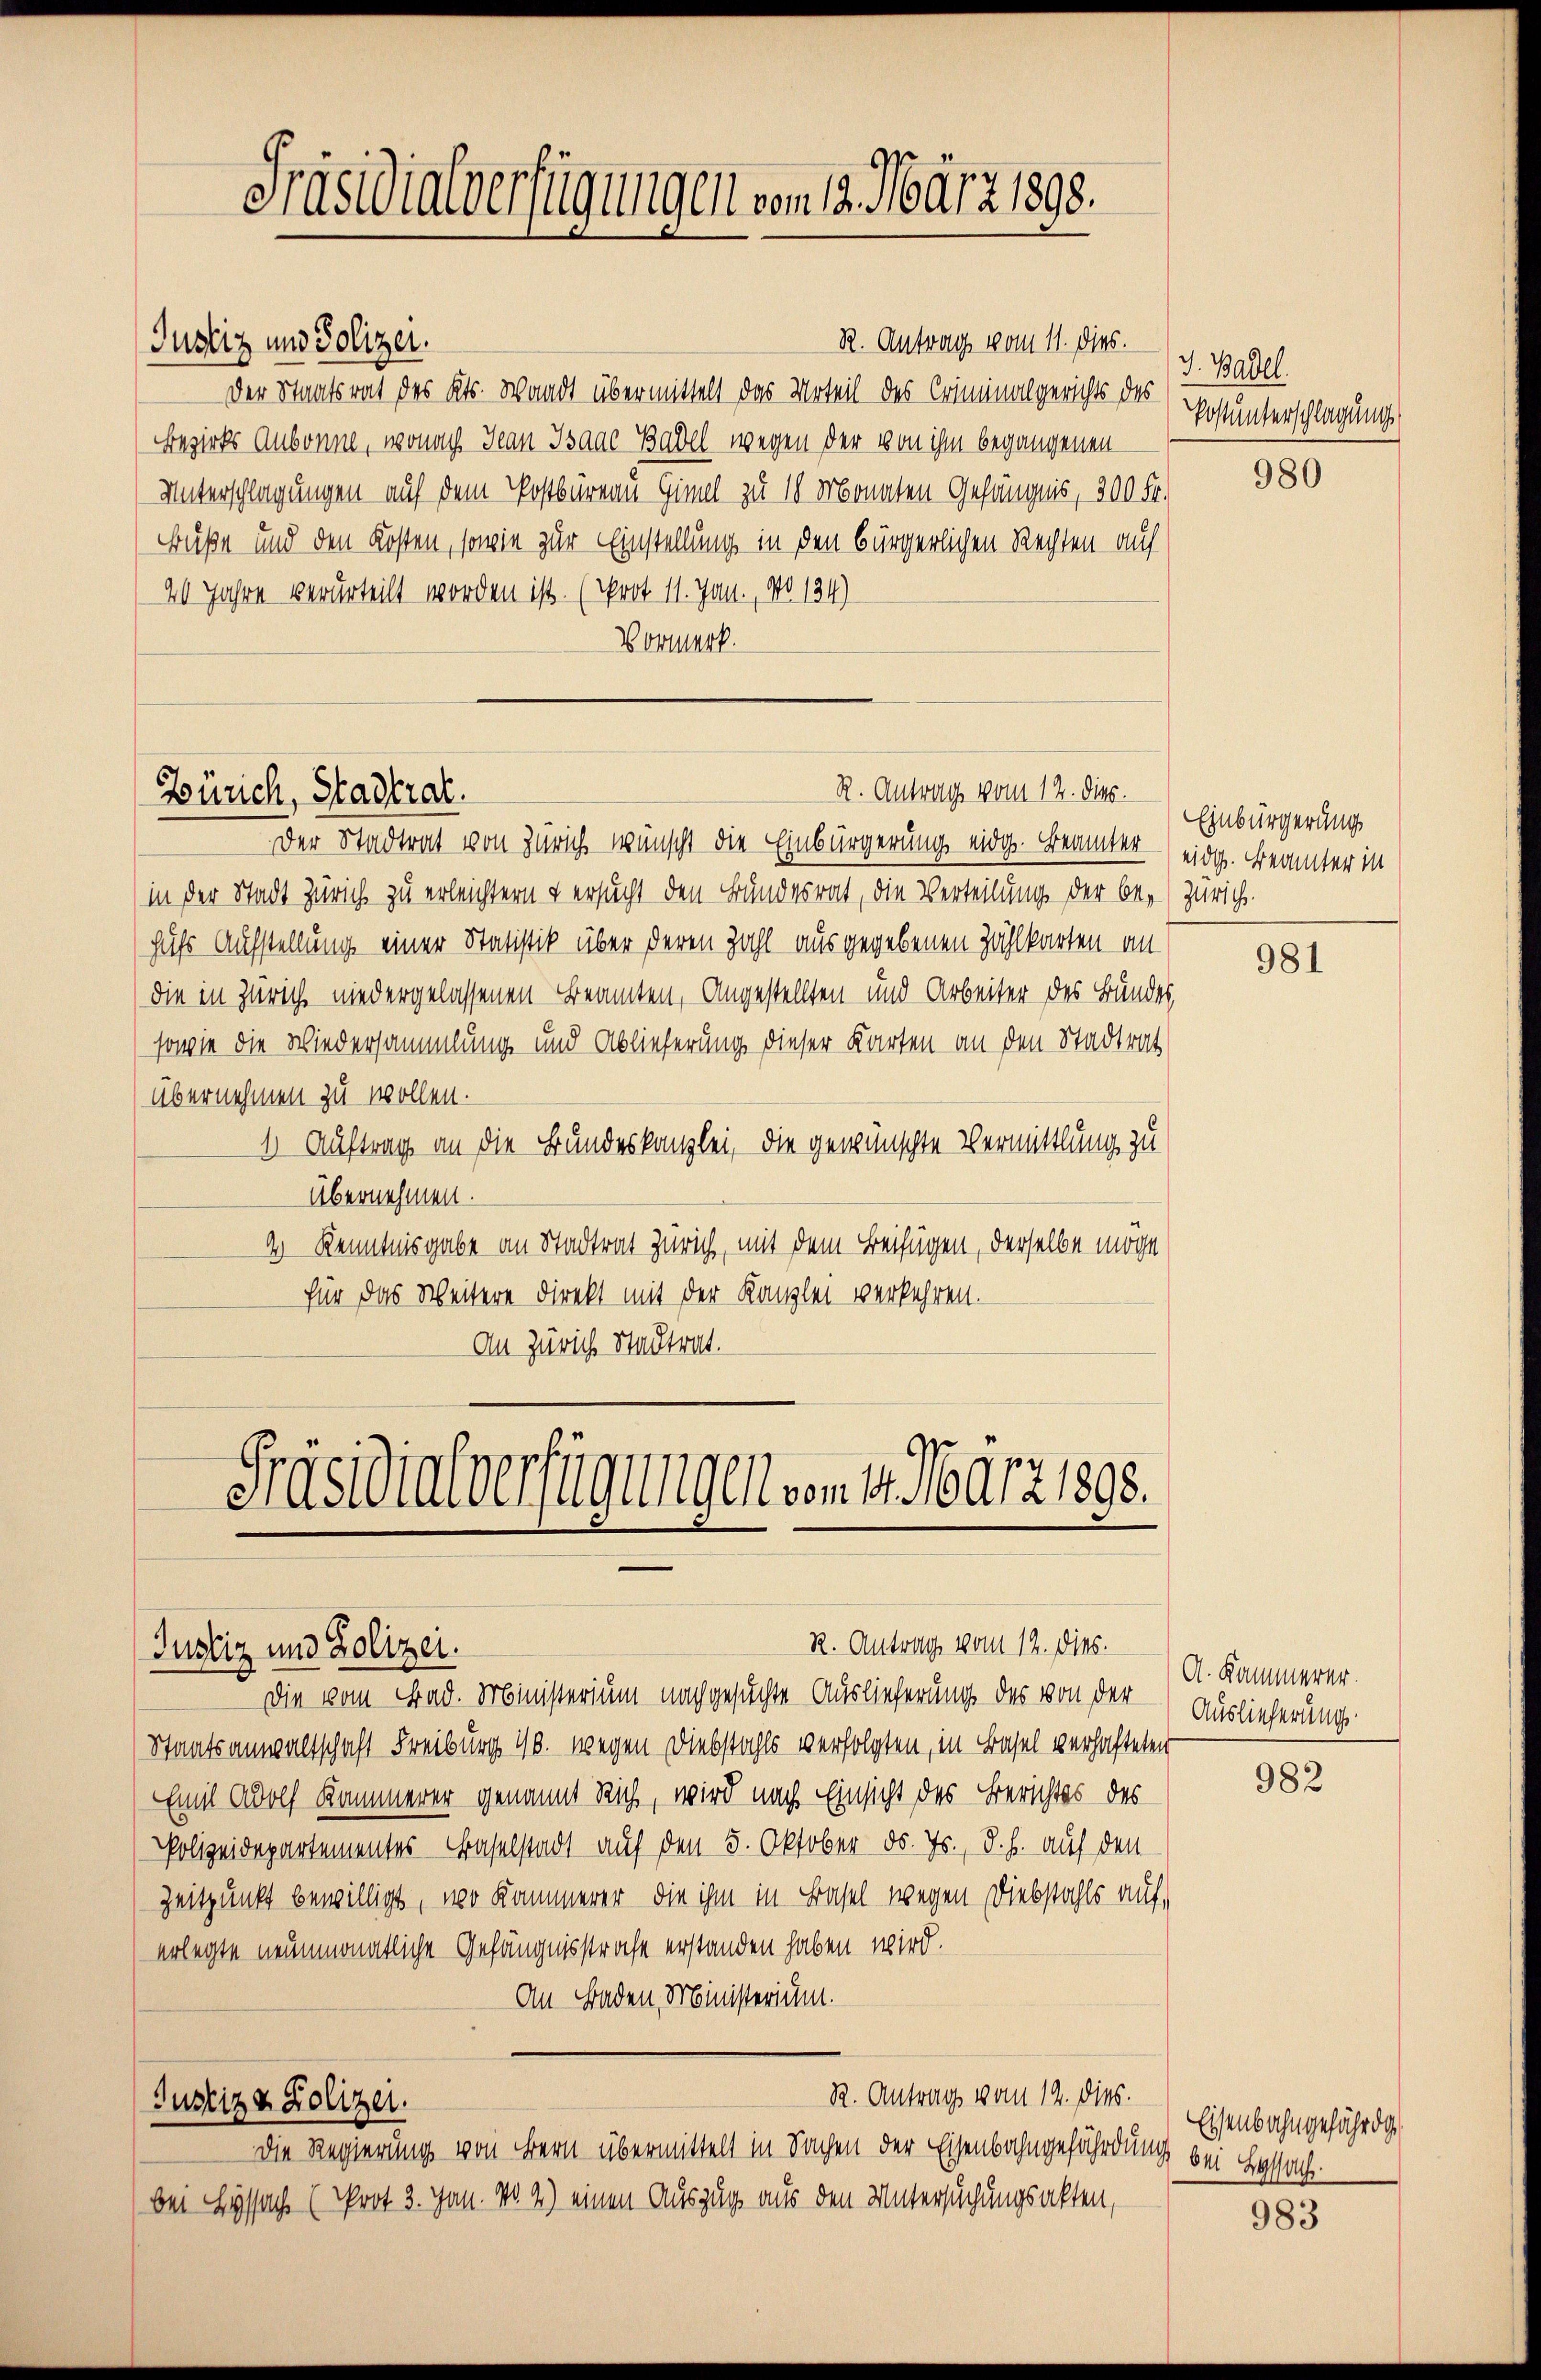
Zürich, Stadtrat.

R. Antrag vom 12. dies.

Präsidialverfügungen vom 19. März 1898.

R. Antrag vom 11. dies.
Justiz und Polizei.
Der Staatsrat des Kts. Waadt übermittelt das Urteil des Criminalgerichts des
Bezirks Aubonne, wonach Jean Isaac Basel wegen der von ihm begangenen
Unterschlagungen auf dem Postbüreau Gimel zu 18 Monaten Gefängnis, 300 Fr.
Buße und den Kosten, sowie zur Einstellung in den bürgerlichen Rechten auf
20 Jahre verurteilt worden ist. (srot 11. Jan. No 134)
Vormerk.

Der Stadtrat von Zürich wünscht die Einbürgerung eidg. Beamter
in der Stadt Zürich zu erleichtern & ersucht den Bundesrat, die Verteilung der be-Zürich.
hufs Aufstellung einer Statistik über deren Zahl ausgegebenen Zählkarten an
die in Zürich niedergelassenen Beamten, Angestellten und Arbeiter des Bundes,
sowie die Wiedersammlung und Ablieferung dieser Karten an den Stadtrat
übernehmen zu wollen.
1. Auftrag an die Bundeskanzlei, die gewünschte Vermittlung zu
Übernehmen.
de Kenntnisgabe an Stadtrat Zürich, mit dem Beifügen, derselbe möge
für das Weitere direkt mit der Kanzlei verkehren.
An Zürich Stadtrat.
Präsidialverfügungen vom 1. März 1898.

R. Antrag vom 12. die.

(Justiz und Polizei.
Die vom Bad. Ministerium nachgesuchte Auslieferung des von der
Staatsanwaltschaft Freiburg 10. wegen Diebstahls verfolgten, in Basel verhafteten
Emil Wolf Kammerer genannt Rich, wird nach Einsicht des Berichtes des
Polizeidepartementes Baselstadt auf den 5. Oktober ds. Js., d. h. auf den
Zeitpunkt bewilligt, wo Kammerer, die ihm in Basel wegen Diebstahls auf,
erlegte neunmonatliche Gefängnisstrafe erstanden haben wird.
An Baden, Ministerium.
R. Antrag vom 14. dies.
Justiz & Polizei.
Die Regierung von Bern übermittelt in Sachen der Eisenbahngefährdung bei Lyssach
bei Lyssache (Prot. 3. Jan. No. 4) einen Auszug aus den Untersuchungsakten,

J. Basel.
Postunterschlagung

980

Einbürgerung
eidg. Beamter in

981

A. Kammerer.
Auslieferung

982

Eisenbahngefährdg

983